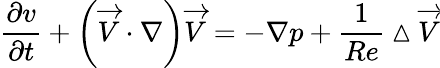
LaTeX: \frac{\partial v}{\partial t}+\left(\overrightarrow{V}\cdot\nabla\right)\overrightarrow{V}=-\nabla p+\frac{1}{Re}\vartriangle\overrightarrow{V}